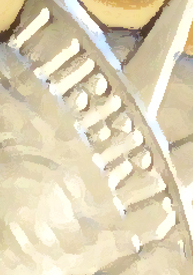
LIBERTY